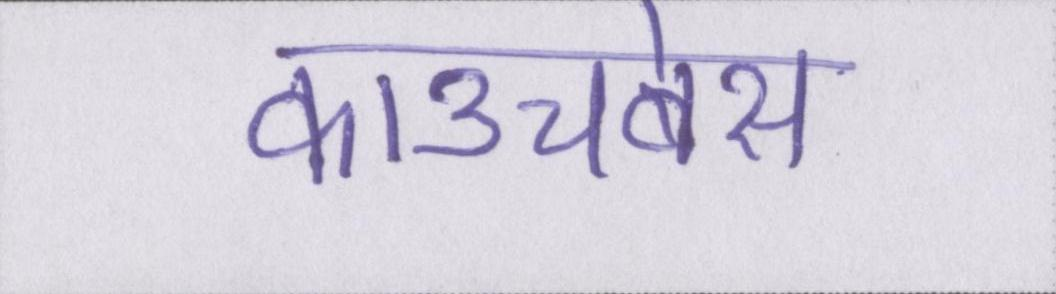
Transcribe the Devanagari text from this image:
काउचबेस